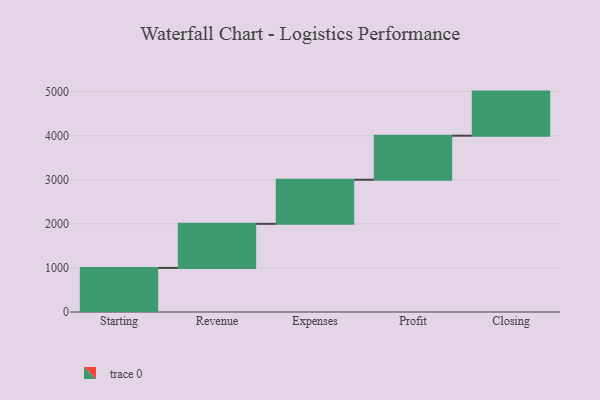
{"axis": {"x": "Step", "y": "Value"}, "legend": [""], "data": [{"x": "Starting", "y": 1000, "type": ""}, {"x": "Revenue", "y": 1000, "type": ""}, {"x": "Expenses", "y": 1000, "type": ""}, {"x": "Profit", "y": 1000, "type": ""}, {"x": "Closing", "y": 1000, "type": ""}]}